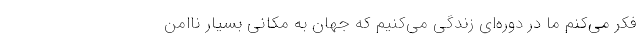
فکر می‌کنم ما در دوره‌ای زندگی می‌کنیم که جهان به مکانی بسیار ناامن